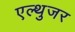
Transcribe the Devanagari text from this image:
एल्थुजर